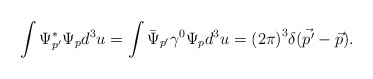
\begin{align*}\int\Psi^{*}_{p'}\Psi_{p}d^{3}u=\int{\bar{\Psi}}_{p'}\gamma^{0}\Psi_{p}d^{3}u={(2\pi)}^{3}\delta(\vec{p'}-\vec{p}).\end{align*}